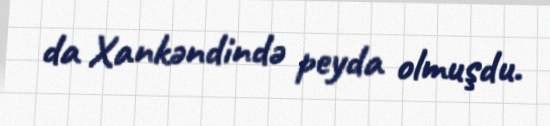
da Xankəndində peyda olmuşdu.